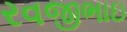
રવજીભાઇ